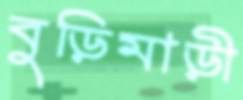
বুড়িমাড়ী